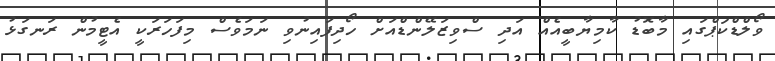
ވޯލްޑްކަޕްގައި މާބޮޑު ކާމިޔާބީއެއް އަދި ސްވިޒަލޭންޑްއަށް ހޯދިފައިނުވި ނަމަވެސް މިފަހަރަކީ އެޓީމުން ރަނގަޅު